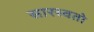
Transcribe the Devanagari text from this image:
सारस्वतो